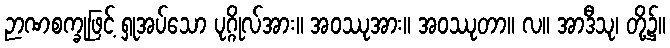
ဉာဏစက္ခုဖြင့် ရှုအပ်သော ပုဂ္ဂိုလ်အား။ အဝဿုအား။ အဝဿုတာ။ လ။ အာဒီသု၊ တို့၌။